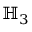
\mathbb { H } _ { 3 }